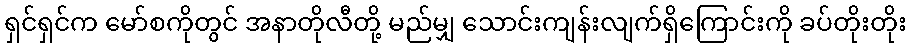
ရှင်ရှင်က မော်စကိုတွင် အနာတိုလီတို့ မည်မျှ သောင်းကျန်းလျက်ရှိကြောင်းကို ခပ်တိုးတိုး